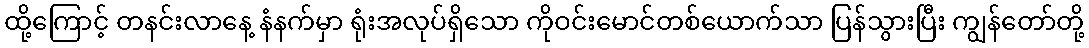
ထို့ကြောင့် တနင်းလာနေ့ နံနက်မှာ ရုံးအလုပ်ရှိသော ကိုဝင်းမောင်တစ်ယောက်သာ ပြန်သွားပြီး ကျွန်တော်တို့